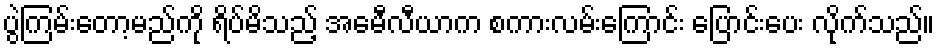
ပွဲကြမ်းတော့မည်ကို ရိပ်မိသည့် အေမီလီယာက စကားလမ်းကြောင်း ပြောင်းပေး လိုက်သည်။